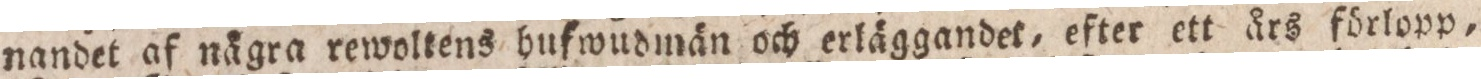
nandet af nägra rewoltens hufwudmän och erläggandet, efter ett års förlopp,